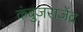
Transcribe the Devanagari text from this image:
कंबुजराजेंद्र